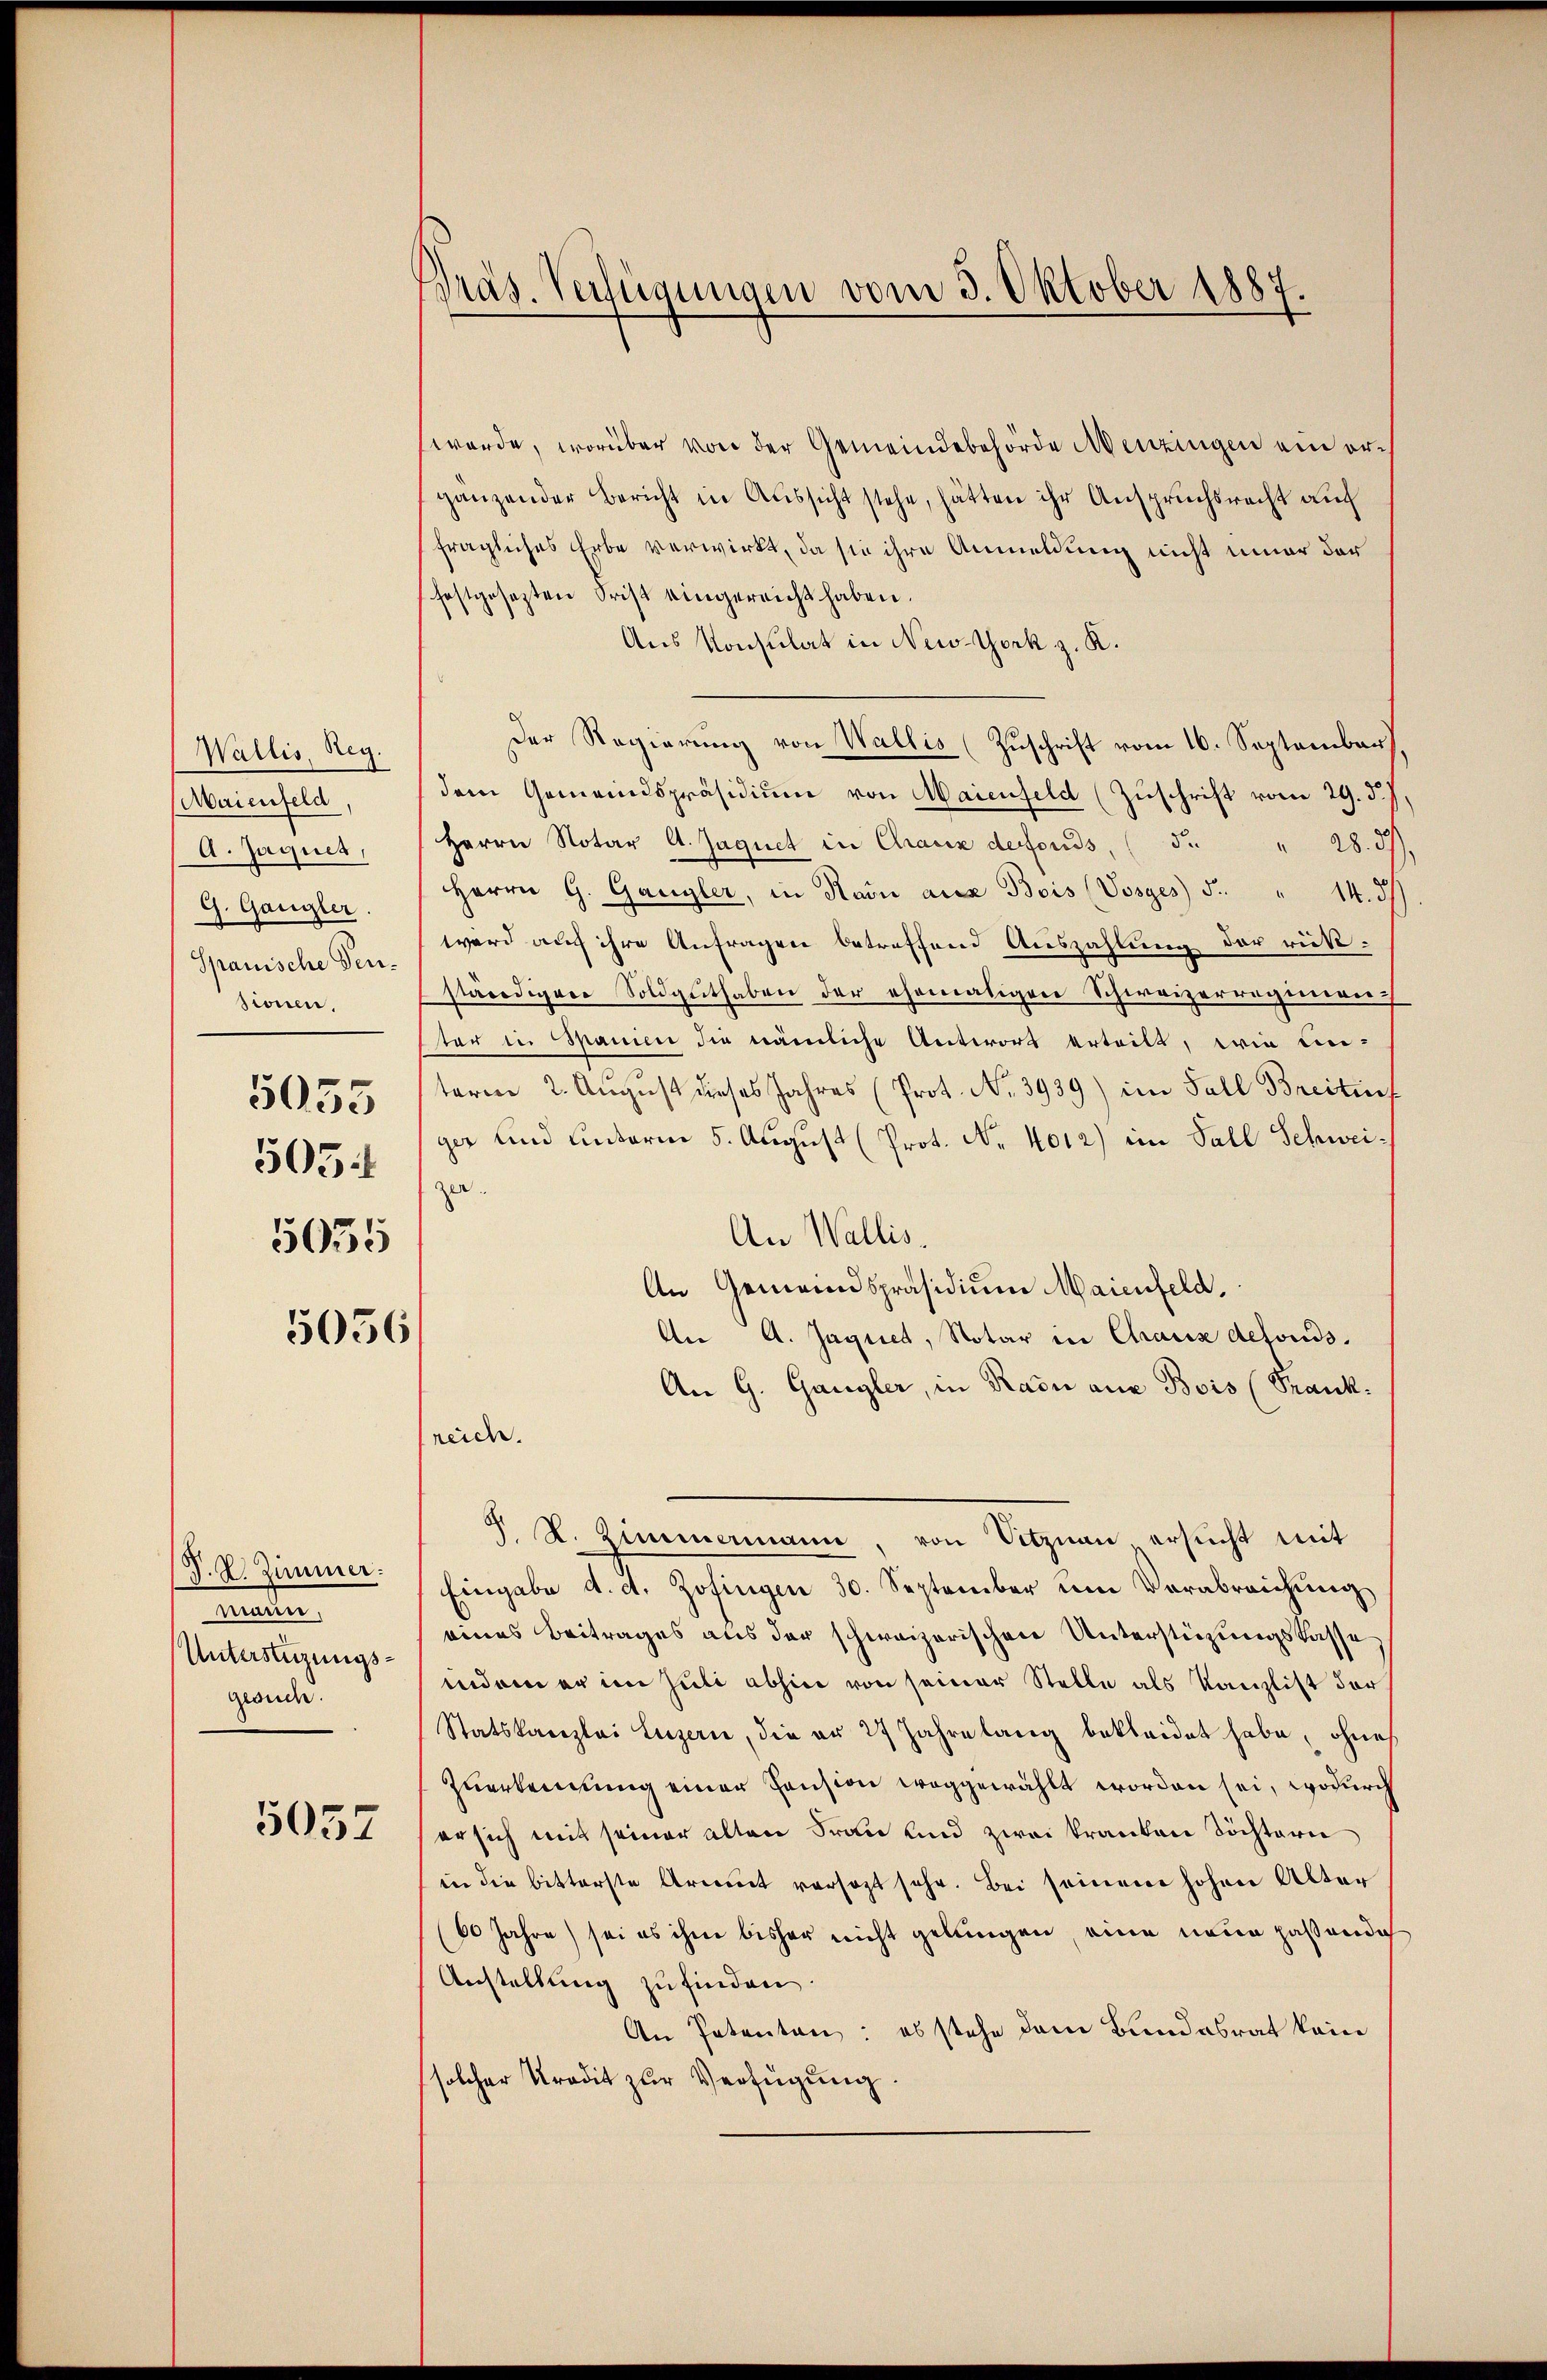
Wallis, Reg.
Maienfeld,
A. Jaquet,
G. Gangler.
Spanische Fensionen,
5055
5054
5055

5057

5056

J. R. Zimmer.
mieten
Unterstüzungsgesuche.

Präs. Verfügungen vom 3. Oktober 1887.

werde, worüber von der Gemeindebehörde Menzingen ein organzender Bericht in Aussicht stehe, hätten ihr Anspruchsrecht auch
fragliches Erbe verwirkt, da sie ihre Anmeldung nicht einer der
festgesetzten Frist eingereicht haben.
Aus Konsulat in New-York z. K.
Der Regierung von Wallis (Zuschrift vom 16. September).
dem Gemeindspräsidium von Maienfeld (Zuschrift vom 29. d. J.
Herrn Notar A. Jaquet in Chaux defonds, (S. 28. 37).
Herrn G. Gangler, in Rain aus Bois (Vosyes 5. " 14. 37)
wird auch ihre Anfragen betreffend Auszahlung der rükständigere Soldguthaben der ehemaligen Schweizerregieruch
ter in Spanien die nämliche Antwort erteilt, wie ein-
term 2. August dieses Jahres (Prot. No. 3939) im Fall Breitsch
ger und unterm 5. August (Prot. No. 4012) im Fall Schweizer.
An Wallis.
An Gemeindspräsidium Maienfeld.
An A. Jaquet, Notar in Chaus defonds.
An G. Gangler, in Radn aus Bois (Frank:
reich.
J S. Zimmermann, von Sitznau ersucht mit
Eingabe d. d. Zofingen 30. September um Verabreichung
eines Beitrages aus der schweizerischen Unterstüzungskasse
indem er im Juli abhin von seiner Stelle als Kanzlist der
Statskanzlei Luzern, die er 27 Jahre lang bekleidet habe, ohnes
Zuerkennung einer Pension weggewählt worden sei, wodurch
er sich mit seiner alten Frau und zwei kranken Töchtern
in die bitterste Arient versagt sehr. Bei seinem hohen Alter
60 Jahre) sei es ihm bisher nicht gelungen eine neue passende
Anstellung zu finden
An Petenten: es stehe dem Bundesrat kein
solcher Kredit zur Verfügung.